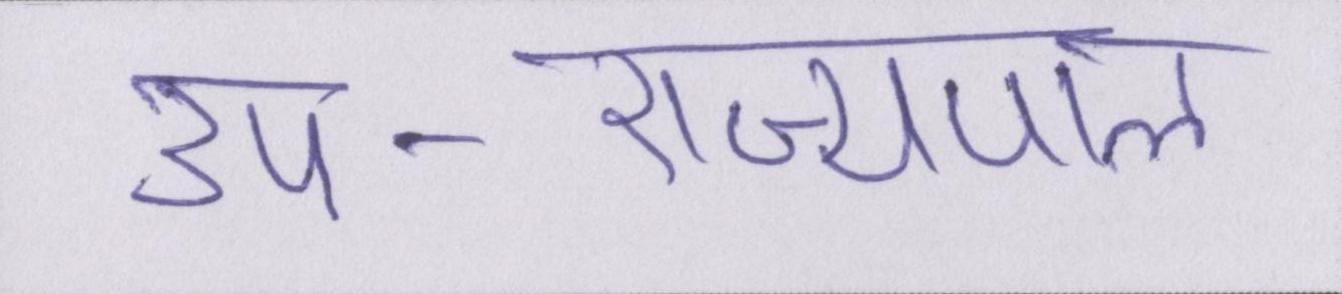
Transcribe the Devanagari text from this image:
उप-राज्यपाल